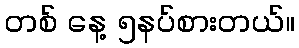
တစ် နေ့ ၅နပ်စားတယ်။